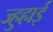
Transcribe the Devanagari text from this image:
ज्हुहाई